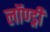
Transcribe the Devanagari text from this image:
लॉण्ड्री